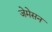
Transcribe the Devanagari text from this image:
जेमेसन